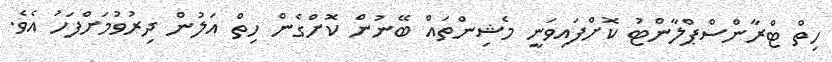
ހިތް ޓްރާންސްޕްލާންޓު ކޮށްފައިވަނީ މެޝިންތައް ބޭނުން ކޮށްގެން ހިތް އަލުން ދިރުވުމަށްފަހު އެވެ.